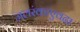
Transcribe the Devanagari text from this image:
जलरंकाएवढा